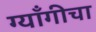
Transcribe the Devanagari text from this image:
ग्याँगीचा